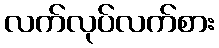
လက်လုပ်လက်စား